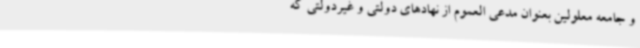
و جامعه معلولین بعنوان مدعی العموم از نهادهای دولتی و غیردولتی که